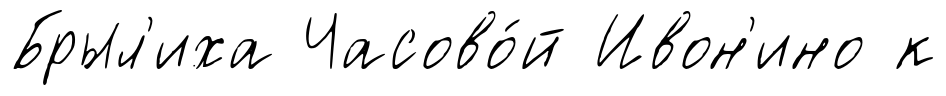
Брыл'иха Часово́й Ивон'ино к